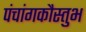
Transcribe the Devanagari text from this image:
पंचांगकौस्तुभ